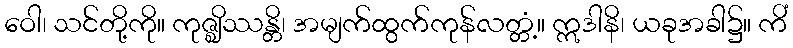
ဝေါ၊ သင်တို့ကို။ ကုဇ္ဈိဿန္တိ၊ အမျက်ထွက်ကုန်လတ္တံ့။ ဣဒါနိ၊ ယခုအခါ၌။ ကိံ